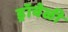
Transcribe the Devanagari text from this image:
ड्रॉवेळी